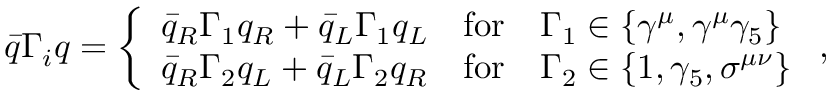
\bar { q } \Gamma _ { i } q = \left\{ \begin{array} { l c l } { { \bar { q } _ { R } \Gamma _ { 1 } q _ { R } + \bar { q } _ { L } \Gamma _ { 1 } q _ { L } } } & { { \mathrm { f o r } } } & { { \Gamma _ { 1 } \in \{ \gamma ^ { \mu } , \gamma ^ { \mu } \gamma _ { 5 } \} } } \\ { { \bar { q } _ { R } \Gamma _ { 2 } q _ { L } + \bar { q } _ { L } \Gamma _ { 2 } q _ { R } } } & { { \mathrm { f o r } } } & { { \Gamma _ { 2 } \in \{ 1 , \gamma _ { 5 } , \sigma ^ { \mu \nu } \} } } \end{array} \right. ,